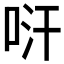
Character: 𠱢